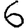
Digit: 6